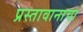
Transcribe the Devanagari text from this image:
प्रस्तावानाचा